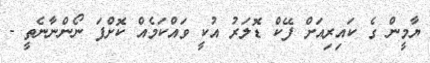
ޔާމީން ގެ ކައިރިއަށް ފޭކް ޑޮލަރު އުކީ ވައްކަމެއް ކޮށްފަ ނޯންނާނެތީ -